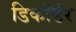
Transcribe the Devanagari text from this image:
डिकॉर्डर